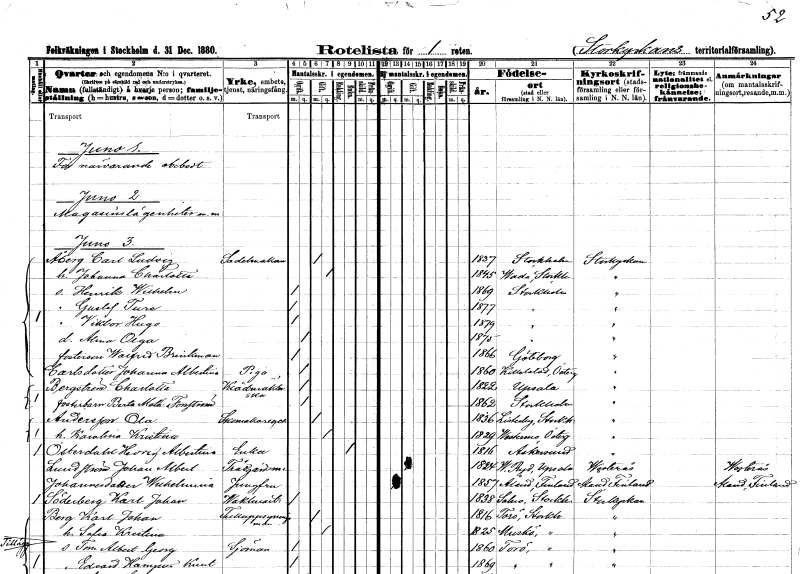
gt_parse: households: individuals: FN: Carl Ludvig
EN: Åberg
YRKE: Sadelmakare
KON: M
CIV: G
FODAR: 1837
FODFORS: Stockholm
FN: Johanna Charlotta
KON: K
CIV: G
FODAR: 1845
FODFORS: Vada Stockholms län
FN: Henrik Wilhelm
KON: M
CIV: O
FODAR: 1869
FODFORS: Stockholm
FN: Gustaf Ture
KON: M
CIV: O
FODAR: 1877
FODFORS: Stockholm
FN: Viktor Hugo
KON: M
CIV: O
FODAR: 1879
FODFORS: Stockholm
FN: Alma Olga
KON: K
CIV: O
FODAR: 1875
FODFORS: Stockholm
FN: Walfrid
EN: Brinkman
KON: M
CIV: O
FODAR: 1866
FODFORS: Göteborg Göteborgs- och Bohuslän
FN: Johanna Albertina
EN: Carlsdotter
YRKE: Piga
KON: K
CIV: O
FODAR: 1860
FODFORS: Källstad Östergötlands län
FN: Charlotta
EN: Bergström
YRKE: Klädmäklerska
KON: K
CIV: O
FODAR: 1822
FODFORS: Uppsala Uppsala län
FN: Berta Mathilda
EN: Forsström
KON: K
CIV: O
FODAR: 1862
FODFORS: Stockholm
FN: Ola
EN: Andersson
YRKE: Skomakaregesäll
KON: M
CIV: G
FODAR: 1836
FODFORS: Litslena Uppsala län
FN: Karolina Kristina
KON: K
CIV: O
FODAR: 1829
FODFORS: Västermo Södermanlands län
FN: Hedvig Albertina
EN: Österdahl
YRKE: Änka
KON: K
CIV: E
FODAR: 1816
FODFORS: Askersund Örebro län
FN: Johan Albert
EN: Lundström
YRKE: Trädgårdsmästare
KON: M
CIV: G
FODAR: 1824
FODFORS: Västra Ryd Stockholms län
FN: Wilhelmina
EN: Johannesdotter
YRKE: Jungfru
KON: K
CIV: O
FODAR: 1857
FN: Karl Johan
EN: Söderberg
YRKE: Vaktmästare
KON: M
CIV: O
FODAR: 1838
FODFORS: Solna Stockholms län